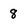
Character: 8